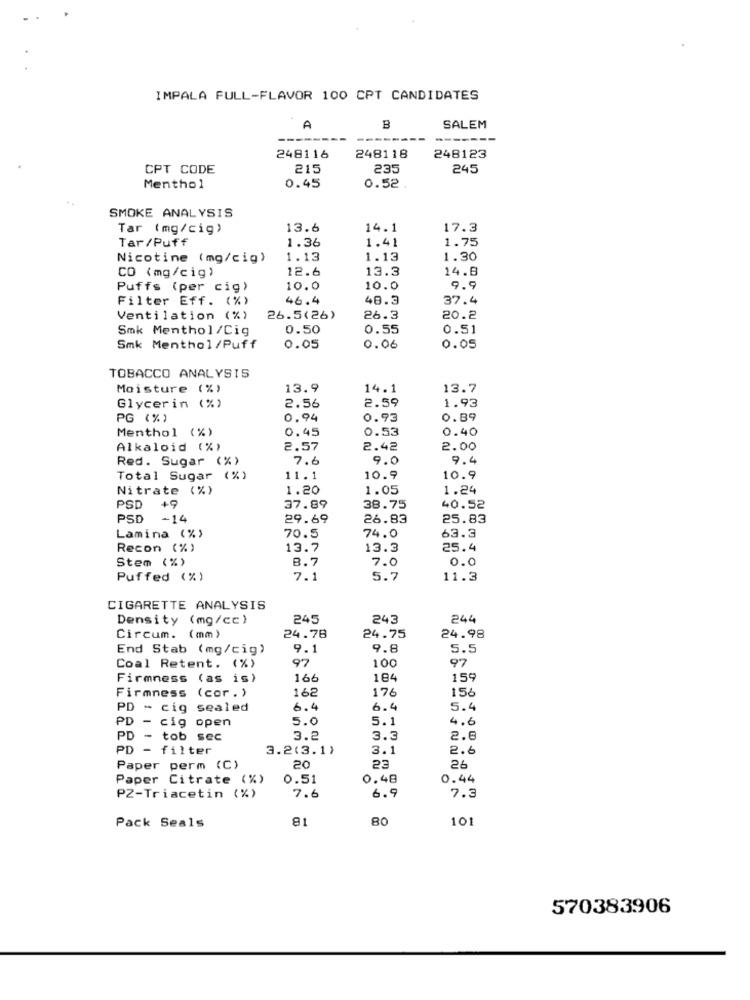
IMPALA FULL-FLAVOR 100 CPT CANDIDATES
A
B
SALEM
248116
248118
248123
CPT CODE
215
235
245
Menthol
0.45
0.52 .
SMOKE ANALYSIS
Tar (mg/cig)
13.6
14.1
17.3
Tar/Puff
1.36
1.41
1.75
Nicotine (mg/cig)
1.13
1.13
1.30
CO (mg/cig)
12.6
13.3
14.8
Puffs (per cig)
10.0
10.0
9.9
Filter Eff. (%)
46.4
48.3
37.4
Ventilation (%)
26.5(26)
26.3
20.2
Smk Menthol/Cig
0.50
0.55
0.51
Smk Menthol/Puff
0.05
0.06
0.05
TOBACCO ANALYSIS
Moisture (%)
13.9
14.1
13.7
2.59
1.93
Glycerin (%)
2.56
PG (%)
0.94
0.93
0.89
Menthol (%)
0.45
0.53
0.40
Alkaloid (%)
2.57
2.42
2.00
Red. Sugar (%)
7.6
9.0
9.4
Total Sugar (%)
11.1
10.9
10.9
Nitrate (%)
1.20
1.05
1.24
PSD
49
37.89
38.75
40.52
PSD
-14
29.69
26.83
25.83
63.3
Lamina (%)
70.5
74.0
Recon (%)
13.7
13.3
25.4
Stem (%)
8.7
7.0
0.0
Puffed (%)
7.1
5.7
11.3
CIGARETTE ANALYSIS
Density (mg/cc)
245
243
244
24.78
24.98
Circum. (mm)
24.75
End Stab (mg/cig)
9.1
9.8
5.5
97
97
Coal Retent. (%)
100
Firmness (as is)
166
184
159
162
176
156
Firmness (cor.)
PD - cig sealed
6.4
6.4
5.4
5.0
5.1
4.6
PD - cig open
PD - tob sec
3.2
3.3
2.6
PD - filter
3.2(3.1)
3.1
2.6
Paper perm (C)
20
23
26
Paper Citrate (%)
0.51
0.48
0.44
7.6
PZ-Triacetin (%)
6.9
7.3
81
80
101
Pack Seals
570383906